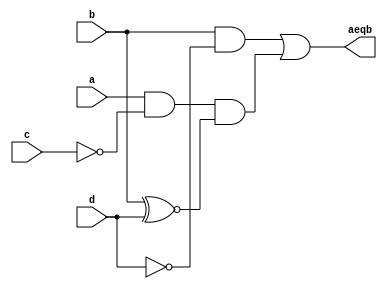

module eq2
   (
    input  wire a, b,c,d,			// chnged to abcd a[0] = a, a[1] = b, b[0] = c, b[1] = d
    output wire aeqb				// single bit output. Should be high if ab is greater than cd
   );
   
   wire e0, e1; 
 
  
   //2-BIT Greater than Circuit
   assign e0 = b & ~d; 
   assign e1 = a & ~c & (b~^d); 

   assign aeqb = e0 | e1; 

endmodule